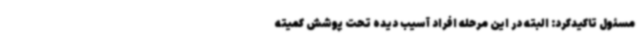
مسئول تاکیدکرد: البته در این مرحله افراد آسیب دیده تحت پوشش کمیته